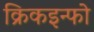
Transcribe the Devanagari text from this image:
क्रिकइन्फो